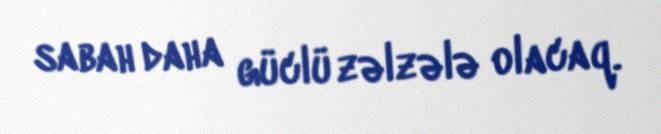
sabah daha güclü zəlzələ olacaq.